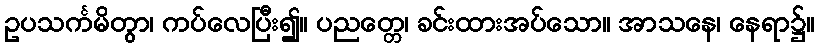
ဥပသင်္ကမိတွာ၊ ကပ်လေပြီး၍။ ပညတ္တေ၊ ခင်းထားအပ်သော။ အာသနေ၊ နေရာ၌။